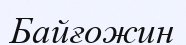
Байғожин